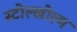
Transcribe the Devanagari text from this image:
स्टोल्खोल्म